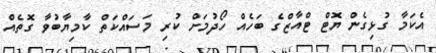
އެކަމާ ގުޅިގެން ޔޮޓް ޓްއާޒްގެ ބަހެއް ހޯދުމަށް ކުރި މަސައްކަތް ކާމިޔާބުވާ ގޮތެއް